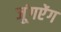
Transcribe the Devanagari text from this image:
जूंगऐंग